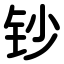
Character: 钞